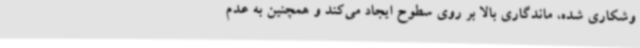
وشکاری شده، ماندگاری بالا بر روی سطوح ایجاد می‌کند و همچنین به عدم